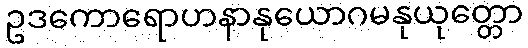
ဥဒကောရောဟနာနုယောဂမနုယုတ္တော